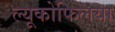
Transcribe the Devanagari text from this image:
ल्यूकोफिलया